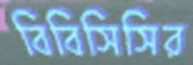
বিবিসিসির